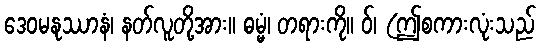
ဒေဝမနုဿာနံ၊ နတ်လူတို့အား။ ဓမ္မံ၊ တရားကို။ ဝ်၊ (ဤစကားလုံးသည်